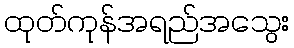
ထုတ်ကုန်အရည်အသွေး